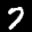
Label: 7